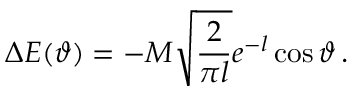
\Delta E ( \vartheta ) = - M \sqrt { \frac { 2 } { \pi l } } e ^ { - l } \cos \vartheta \, .